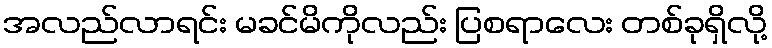
အလည်လာရင်း မခင်မိကိုလည်း ပြစရာလေး တစ်ခုရှိလို့